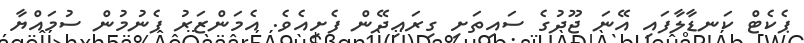
ޕެކެޓް ކަނޑާލާފައި އޭނަ ޖޫދުގެ ސައިތަށި ގިރައިދޭން ފެށިއެވެ. އެމަންޒަރު ފެނުމުން ސުމައްޔާ